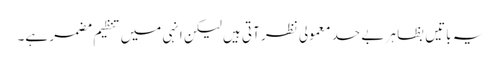
یہ باتیں بظا ہر بے حد معمولی نظر آتی ہیں لیکن انہی میں تنظیم مضمر ہے۔